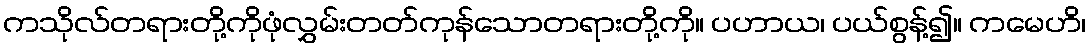
ကသိုလ်တရားတို့ကိုဖုံလွှမ်းတတ်ကုန်သောတရားတို့ကို။ ပဟာယ၊ ပယ်စွန့်၍။ ကမေဟိ၊